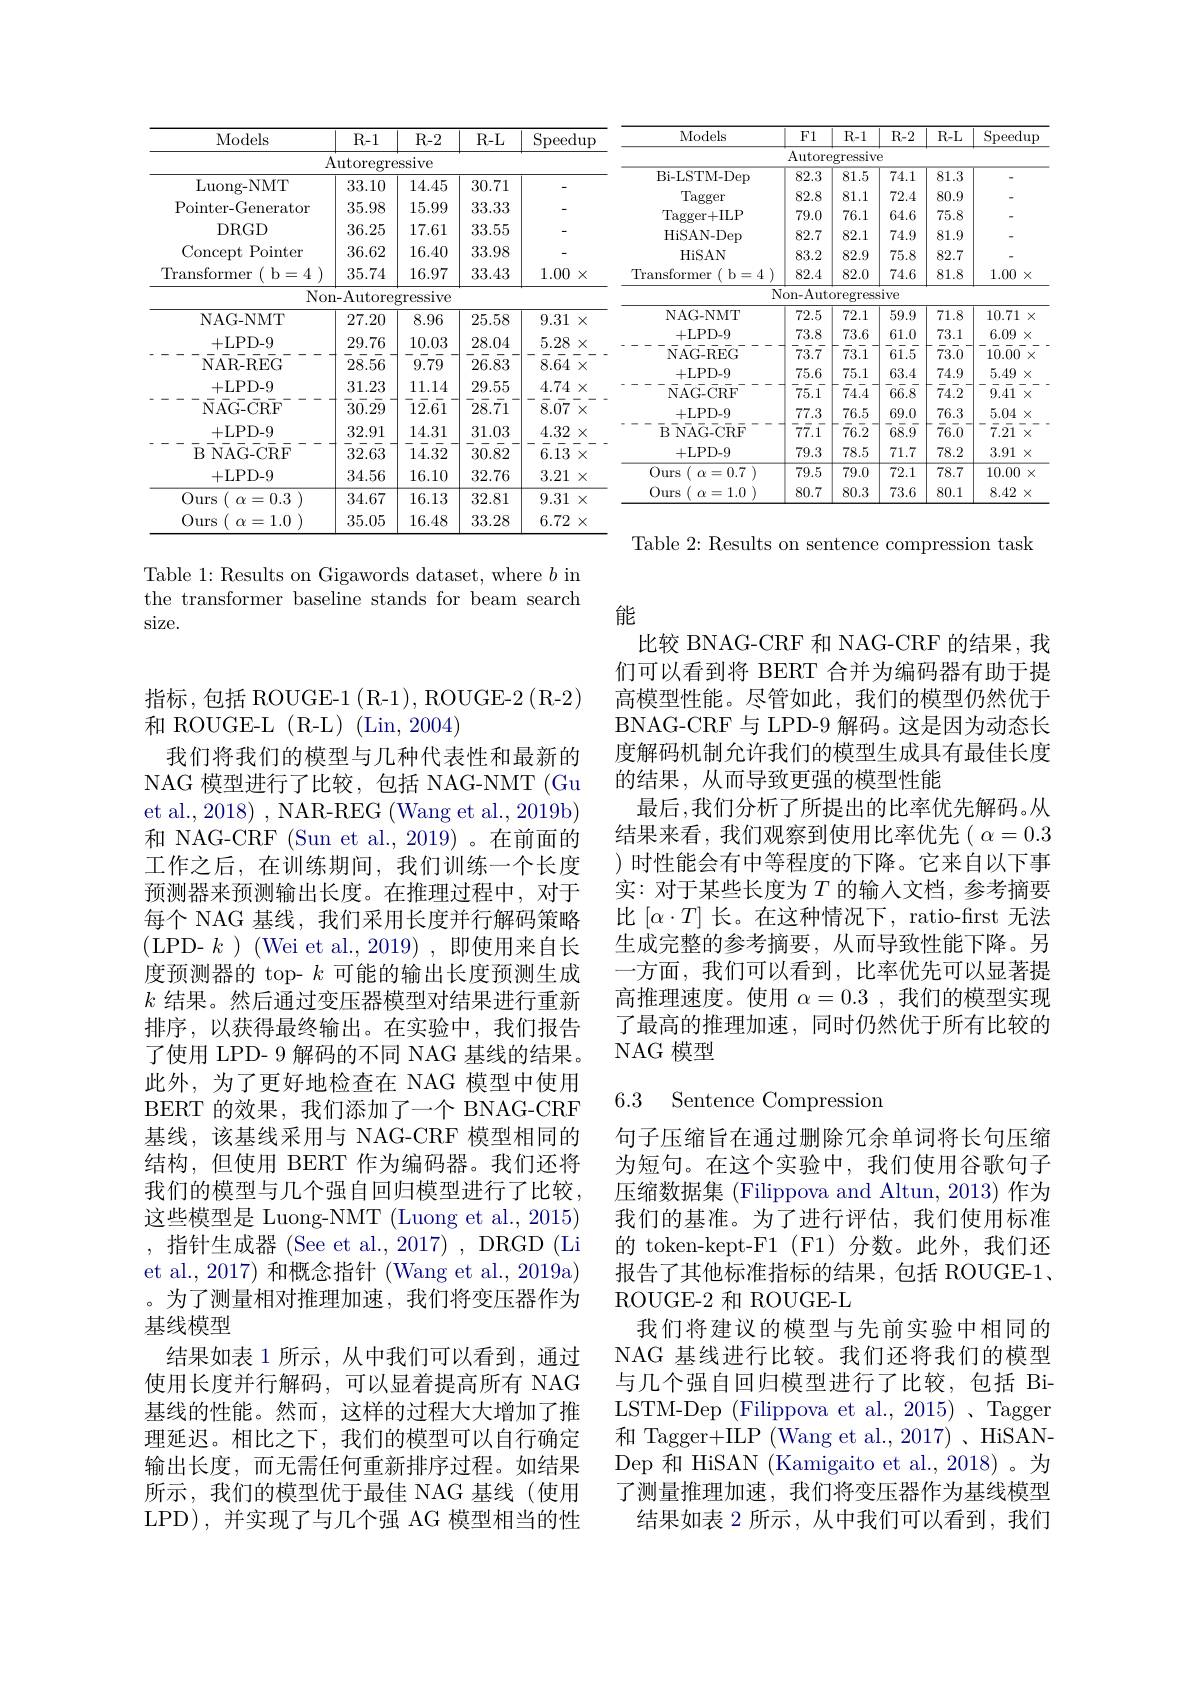
<table>
	<tbody>
		<tr>
			<th>Models</th>
			<th>Models</th>
			<th>$R-1$</th>
			<th>$R-2$</th>
			<th>R- L</th>
			<th>$\operatorname{Speedup}$</th>
			<th>Models</th>
			<th>Models</th>
			<th>F1</th>
			<th>$R-1$</th>
			<th>$R-2$</th>
			<th>$R-L$</th>
			<th>Speed</th>
			<th>$\operatorname*{lup}$</th>
		</tr>
		<tr>
			<td> </td>
			<td> </td>
			<td> </td>
			<td colspan="11">repressive $\overline{\text{Autoregressive}}$</td>
		</tr>
		<tr>
			<td>TMIT</td>
			<td>frT</td>
			<td>22 11f 1</td>
			<td>$AE$ 2</td>
			<td>71 $2m$ 11 1</td>
			<td> </td>
			<td>Bi- LSTM- Dep</td>
			<td>Bi- LSTM- Dep</td>
			<td>82.3</td>
			<td>81.5</td>
			<td>74.1</td>
			<td>81.3</td>
			<td> </td>
			<td> </td>
		</tr>
		<tr>
			<td> </td>
			<td> </td>
			<td>$\psi_{1},\mu_{1}$</td>
			<td>LTHTU 15</td>
			<td>WIL</td>
			<td> </td>
			<td>Tagger</td>
			<td>Tagger</td>
			<td>82.8</td>
			<td>81.1</td>
			<td>72.4</td>
			<td>80.9</td>
			<td> </td>
			<td> </td>
		</tr>
		<tr>
			<td> 1-0 LIL LC 41</td>
			<td>$\operatorname{lter-crcrerdton}$ 1 1</td>
			<td>00.00</td>
			<td>$\mathrm{I}_{0},\vartheta_{0}$</td>
			<td>0.0.0.2</td>
			<td>-</td>
			<td>$\operatorname{Tagger+ILP}$</td>
			<td>$\operatorname{Tagger+ILP}$</td>
			<td>79.0</td>
			<td>76.1</td>
			<td>64.6</td>
			<td>75.8</td>
			<td> </td>
			<td> </td>
		</tr>
		<tr>
			<td> </td>
			<td>$DRUI$</td>
			<td>$\partial0.\angle0$</td>
			<td>11.01</td>
			<td>0.00.0 $J=$</td>
			<td> </td>
			<td>HiSAN- Dep</td>
			<td>HiSAN- Dep</td>
			<td>82.7</td>
			<td>82.1</td>
			<td>74.9</td>
			<td>81.9</td>
			<td> </td>
			<td> </td>
		</tr>
		<tr>
			<td>$\operatorname{ncept}$Pomter</td>
			<td>Pointer cepu</td>
			<td>30.62</td>
			<td>10.40</td>
			<td>$\vartheta.\vartheta.98$</td>
			<td> </td>
			<td>HiSAN</td>
			<td>HiSAN</td>
			<td>83.2</td>
			<td>82.9</td>
			<td>75.8</td>
			<td>82.7</td>
			<td> </td>
			<td> </td>
		</tr>
		<tr>
			<td>$\operatorname{lranstormer}$ $\mathbf{L}$ 一</td>
			<td>stormer 11 $\mathbf{b}=4$</td>
			<td>35./4</td>
			<td>16.9/</td>
			<td>33.43</td>
			<td>$1.00\times$</td>
			<td>lransformer $b$ =4</td>
			<td>lransformer</td>
			<td>82.4</td>
			<td>82.0</td>
			<td>74.6</td>
			<td>81.8</td>
			<td>1.00</td>
			<td>$X$</td>
		</tr>
		<tr>
			<td> </td>
			<td>$Nc$</td>
			<td>on- Autore</td>
			<td>gressive</td>
			<td> </td>
			<td> </td>
			<td> </td>
			<td> </td>
			<td>$\operatorname{lon-Autc}$</td>
			<td>$\operatorname{oregress}$</td>
			<td>SIVe</td>
			<td> </td>
			<td> </td>
			<td> </td>
		</tr>
		<tr>
			<td>NAG-NM'I</td>
			<td>NAG-NMT</td>
			<td>27.20</td>
			<td>8.96</td>
			<td>25.58</td>
			<td>9.31 $X$</td>
			<td>$A(x-1\boldsymbol{V}1\boldsymbol{V}1\boldsymbol{L})$ +I. PD. 9</td>
			<td>$INAUx=INM$ +I.PD.9</td>
			<td>$1\angle.0$</td>
			<td>$1\angle.1$</td>
			<td>0.9.5</td>
			<td>1.1.0 1</td>
			<td>10.11</td>
			<td>X</td>
		</tr>
		<tr>
			<td> </td>
			<td>+1,</td>
			<td>29.76</td>
			<td>0.03</td>
			<td>28.0.</td>
			<td>5.28</td>
			<td>$NACRFG$</td>
			<td>$C_{\mathrm{RF}}C$</td>
			<td> </td>
			<td> </td>
			<td> </td>
			<td> </td>
			<td> </td>
			<td> </td>
		</tr>
		<tr>
			<td>NAR- REG</td>
			<td>NAR- REG</td>
			<td>28.56</td>
			<td>9.79</td>
			<td>26.83</td>
			<td>8.64 $X$</td>
			<td>+LPD-9</td>
			<td>+LPD-9</td>
			<td>1 75.6</td>
			<td>75.1</td>
			<td>T 63.4</td>
			<td>111 74.9</td>
			<td>111 5.49</td>
			<td>$X$</td>
		</tr>
		<tr>
			<td>+LPD-9</td>
			<td>+LPD-9</td>
			<td>31.23</td>
			<td>11.14</td>
			<td>29.55</td>
			<td>4.74 $X$</td>
			<td>NAG- CRF</td>
			<td>$\bar{\mathrm{NAG-CRF}}$</td>
			<td>$\bar{7}\bar{5}.\bar{1}$</td>
			<td>$\bar{7}4.\bar{4}$</td>
			<td>$\bar{6}\bar{6}\bar{6}.\bar{8}$</td>
			<td>$\bar{7}4.\bar{2}$</td>
			<td>9.41</td>
			<td>$X$</td>
		</tr>
		<tr>
			<td>NAG- CRF</td>
			<td>NAG- CRF</td>
			<td>30.29</td>
			<td>12.61</td>
			<td>28.71</td>
			<td>8.07 $X$</td>
			<td>+LPD-9</td>
			<td>+LPD-9</td>
			<td>77.3</td>
			<td>76.5</td>
			<td>69.0</td>
			<td>76.3</td>
			<td>5.04</td>
			<td>$X$</td>
		</tr>
		<tr>
			<td>+LPD-9</td>
			<td>+LPD-9</td>
			<td>32.91</td>
			<td>14.31</td>
			<td>31.03</td>
			<td>4.32 $X$</td>
			<td>$\overline {\mathrm{B} }$ $\overline {\mathrm{NAG- CRF}}$</td>
			<td>$\overline {\mathrm{B} }$ $\overline {\mathrm{NAG- CRF}}$</td>
			<td>$\bar{7}\bar{7}\bar{7}.\bar{1}$</td>
			<td>$\bar{7}6\bar{.2}$ 1 </td>
			<td>$\bar{6}\bar{8}.\bar{9}$ $\frac{1}{2}$ </td>
			<td>$\bar{7}6\bar{.0}$</td>
			<td>$\bar{7}.\bar{21}$</td>
			<td></td>
		</tr>
		<tr>
			<td>B NAG- CRF</td>
			<td>3 NAG- CRF</td>
			<td>32.63</td>
			<td>14.32</td>
			<td>30.82</td>
			<td>6.13 </td>
			<td>+LPD-9</td>
			<td>+LPD-9</td>
			<td>79.3</td>
			<td>78.5</td>
			<td>71.7</td>
			<td>78.2</td>
			<td>3.91</td>
			<td>$X$</td>
		</tr>
		<tr>
			<td>+LPD-9</td>
			<td>+LPD-9</td>
			<td>34.56</td>
			<td>16.10</td>
			<td>32.76</td>
			<td>3.21 $X$</td>
			<td>Ours $^{\prime }$ $\alpha = 0. 7$ )</td>
			<td>Ours ( $\alpha = 0. 7$ )</td>
			<td>79.5</td>
			<td>79.0</td>
			<td>72.1</td>
			<td>78.7</td>
			<td>10.00</td>
			<td>$X$</td>
		</tr>
		<tr>
			<td>Ours $\alpha=0.3$ </td>
			<td>$\alpha=0.3$ lrS </td>
			<td>34.67</td>
			<td>16.13</td>
			<td>32.81</td>
			<td>9.31 $X$</td>
			<td>Ours$\begin{pmatrix} {\alpha = 1. 0}\end{pmatrix}$</td>
			<td>Ours s( $\alpha = 1. 0$ )</td>
			<td>80.7</td>
			<td>80.3</td>
			<td>73.6</td>
			<td>80.1</td>
			<td>8.42</td>
			<td>$X$</td>
		</tr>
		<tr>
			<td>1.0</td>
			<td>$1\Upsilon\xi$ 10</td>
			<td>35.05</td>
			<td> </td>
			<td>3.33</td>
			<td>6.72</td>
			<td> </td>
			<td> </td>
			<td> </td>
			<td> </td>
			<td> </td>
			<td> </td>
			<td> </td>
			<td> </td>
		</tr>
	</tbody>
</table>
Table 2: Results on sentence compression task

Table 1: Results on Gigawords dataset, where $b$ in the transformer baseline stands for beam search size.

## 能

比较 BNAG-CRF 和 NAG-CRF 的结果，我们可以看到将 BERT 合并为编码器有助于提高模型性能。尽管如此，我们的模型仍然优于BNAG-CRF 与 LPD-9 解码。这是因为动态长度解码机制允许我们的模型生成具有最佳长度的结果，从而导致更强的模型性能
最后，我们分析了所提出的比率优先解码。从结果来看，我们观察到使用比率优先( $\alpha=0.3$ )时性能会有中等程度的下降。它来自以下事实：对于某些长度为$T$的输人文档，参考摘要比$\left[\alpha\cdot T\right]$长。在这种情况下，ratio-first 无法生成完整的参考摘要，从而导致性能下降。另一方面，我们可以看到，比率优先可以显著提高推理速度。使用$\alpha=0.3$,我们的模型实现了最高的推理加速，同时仍然优于所有比较的NAG 模型

## 6.3 Sentence Compressior

指标，包括 ROUGE-1 (R-1), ROUGE-2 (R-2)
和 ROUGE-L (R-L) (Lin,2004)
我们将我们的模型与几种代表性和最新的NAG 模型进行了比较，包括 NAG-NMT (Gu et al., 2018) , NAR-REG (Wang et al., 2019b) 和 NAG-CRF (Sun et al.,2019) 。在前面的工作之后，在训练期间，我们训练一个长度预测器来预测输出长度。在推理过程中，对于每个 NAG 基线，我们采用长度并行解码策略(LPD- $k)~($Wei et al., 2019) , 即使用来自长度预测器的 top- $k$可能的输出长度预测生成$k$结果。然后通过变压器模型对结果进行重新排序，以获得最终输出。在实验中，我们报告了使用 LPD- 9 解码的不同 NAG 基线的结果。此外，为了更好地检查在 NAG 模型中使用BERT 的效果，我们添加了一个 BNAG-CRF 基线，该基线采用与 NAG-CRF 模型相同的结构，但使用 BERT 作为编码器。我们还将我们的模型与几个强自回归模型进行了比较这些模型是 Luong-NMT (Luong et al., 2015) ,指针生成器 (See et al., 2017), DRGD (Li et al., 2017) 和概念指针 (Wang et al., 2019a) 。为了测量相对推理加速，我们将变压器作为基线模型
结果如表 1 所示，从中我们可以看到，通过使用长度并行解码，可以显着提高所有 NAG 基线的性能。然而，这样的过程大大增加了推理延迟。相比之下，我们的模型可以自行确定输出长度，而无需任何重新排序过程。如结果所示，我们的模型优于最佳 NAG 基线(使用LPD),并实现了与几个强 AG 模型相当的性

句子压缩旨在通过删除冗余单词将长句压缩为短句。在这个实验中，我们使用谷歌句子压缩数据集 (Filippova and Altun, 2013) 作为我们的基准。为了进行评估，我们使用标准的 token-kept-F1 (F1)分数。此外，我们还报告了其他标准指标的结果，包括 ROUGE-1, ROUGE-2 和 ROUGE-L
我们将建议的模型与先前实验中相同的NAG 基线进行比较。我们还将我们的模型与几个强自回归模型进行了比较，包括 BiLSTM-Dep (Filippova et al., 2015) 、Tagger 和 Tagger+ILP (Wang et al., 2017) , HiSANDep 和 HiSAN (Kamigaito et al., 2018)。为了测量推理加速，我们将变压器作为基线模型
结果如表 2 所示 , 从中我们可以看到，我们